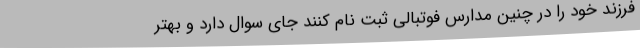
فرزند خود را در چنین مدارس فوتبالی ثبت نام کنند جای سوال دارد و بهتر